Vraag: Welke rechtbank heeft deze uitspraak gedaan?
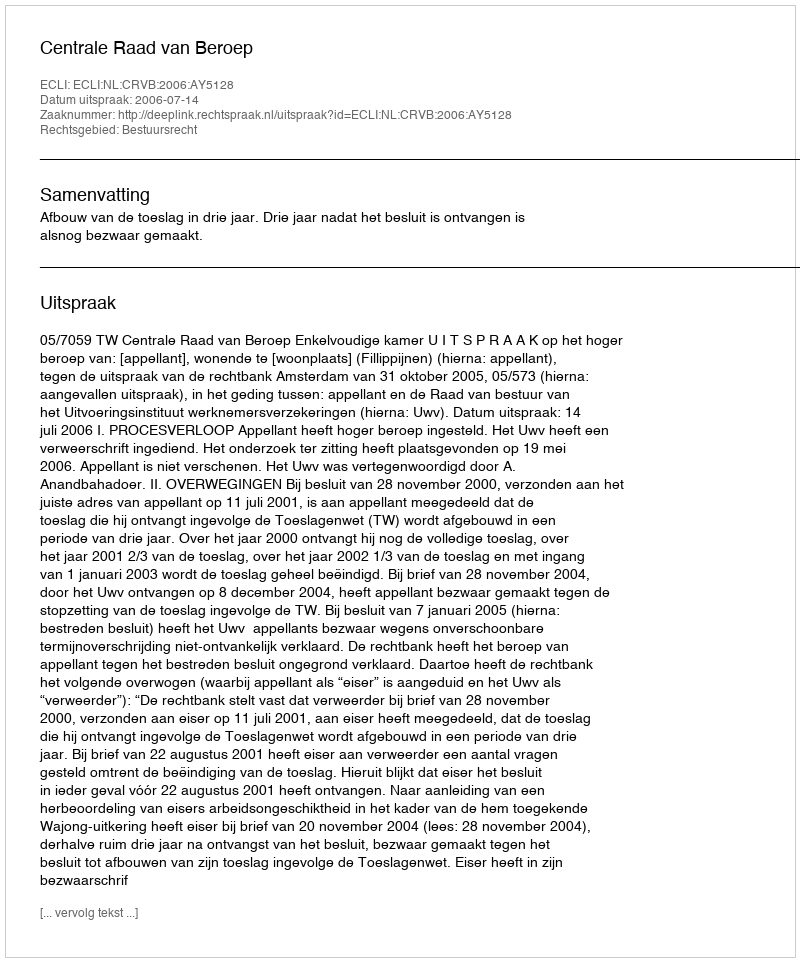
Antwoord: Centrale Raad van Beroep